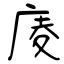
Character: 庱